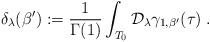
LaTeX: \begin{align*}\delta_\lambda(\beta'):=\frac{1}{\Gamma(1)}\int_{T_0}\mathcal{D}_\lambda{\gamma}_{1,\beta'}(\tau)\;.\end{align*}